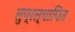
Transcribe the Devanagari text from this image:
सुप्रस्थापित